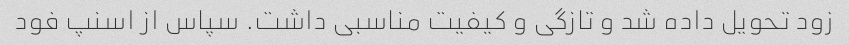
زود تحویل داده شد و تازگی و کیفیت مناسبی داشت. سپاس از اسنپ فود